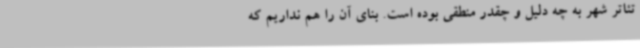
تئاتر شهر به چه دلیل و چقدر منطقی بوده است. بنای آن را هم نداریم که